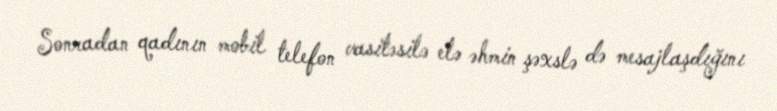
Sonradan qadının mobil telefon vasitəsilə elə əhmin şəxslə də mesajlaşdığını